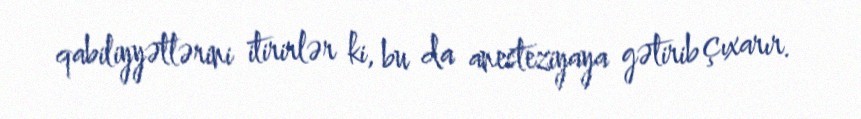
qabiliyyətlərini itirirlər ki, bu da anesteziyaya gətirib çıxarır.